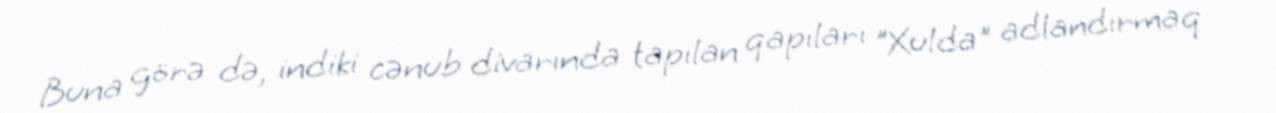
Buna görə də, indiki cənub divarında tapılan qapıları "Xulda" adlandırmaq